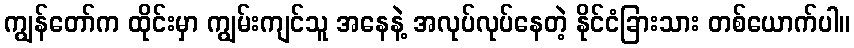
ကျွန်တော်က ထိုင်းမှာ ကျွမ်းကျင်သူ အနေနဲ့ အလုပ်လုပ်နေတဲ့ နိုင်ငံခြားသား တစ်ယောက်ပါ။